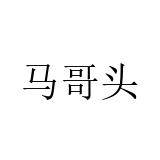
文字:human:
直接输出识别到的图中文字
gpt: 马哥头